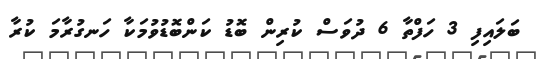
ބަލައިފި 3 ހަފްތާ 6 ދުވަސް ކުރިން ބޮޑު ކަންބޮޑުވުމަކާ ހަނގުރާމަ ކުރާ